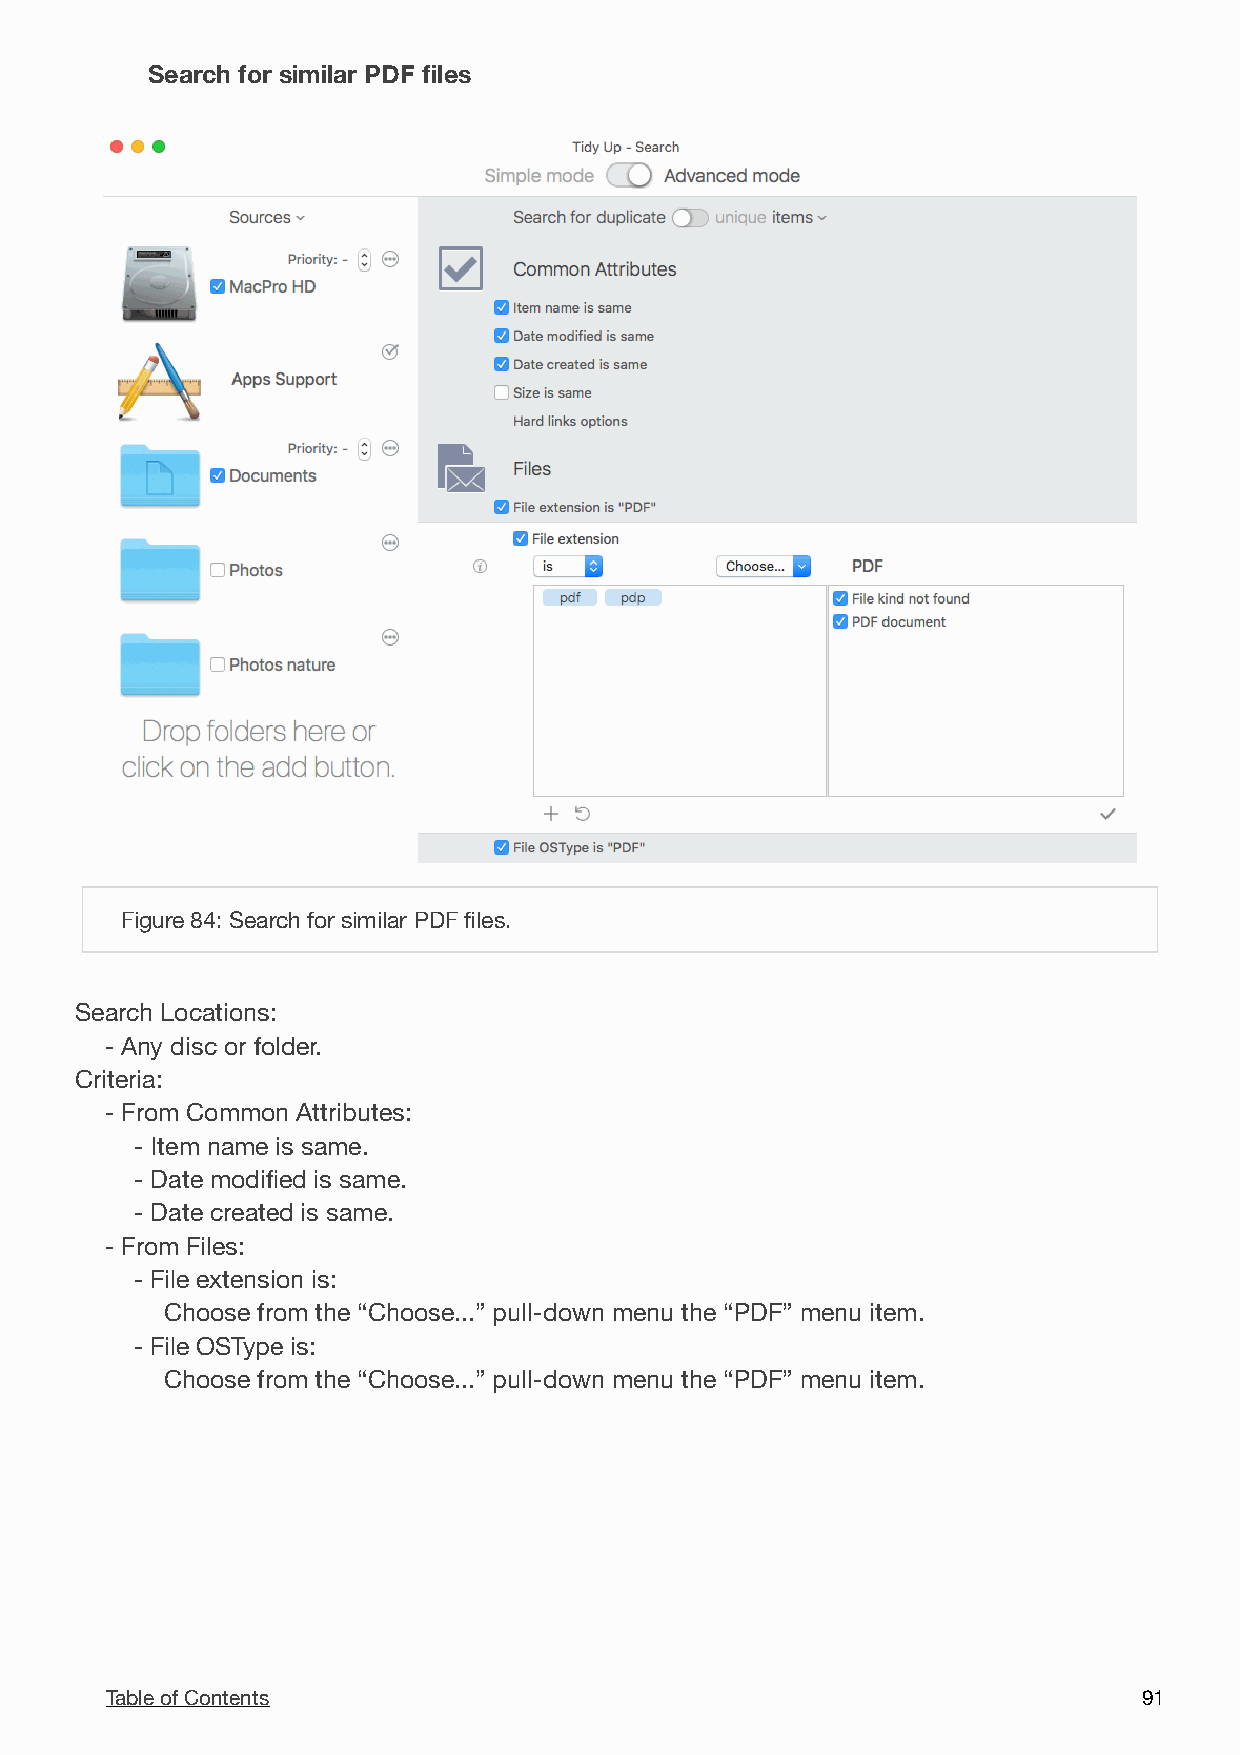
Search for similar PDF files

 Figure 84: Search for similar PDF files.
 Search Locations:
 - Any disc or folder.
 Criteria:
 - From Common Attributes:
 - Item name is same.
 - Date modified is same.
 - Date created is same.
 - From Files:
 - File extension is:
 Choose from the “Choose...” pull-down menu the “PDF” menu item.
 - File OSType is:
 Choose from the “Choose...” pull-down menu the “PDF” menu item.
 Table of Contents                                                    9 1